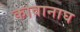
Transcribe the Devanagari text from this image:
कावानाघ